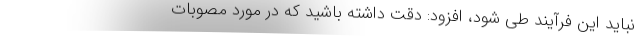
نباید این فرآیند طی شود، افزود: دقت داشته باشید که در مورد مصوبات